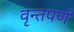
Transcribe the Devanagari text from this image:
वृन्तपर्ण